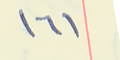
١٦١